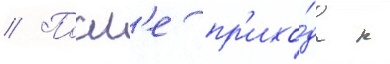
// Посл'е пр'ихо́да к